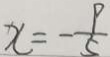
x = - \frac { p } { 5 }